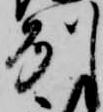
州